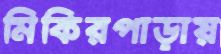
মিকিরপাড়ায়